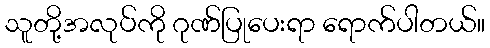
သူတို့အလုပ်ကို ဂုဏ်ပြုပေးရာ ရောက်ပါတယ်။